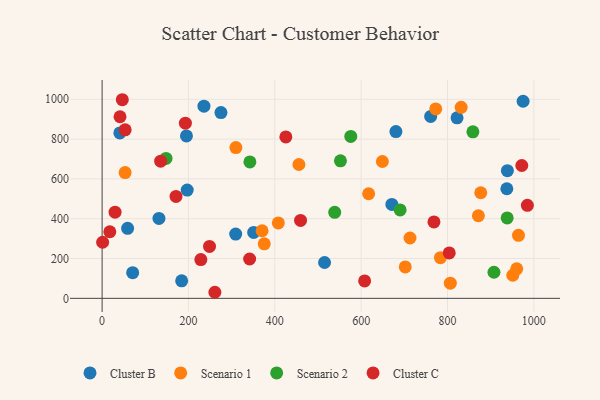
{"axis": {"x": "Distance", "y": "Demand"}, "legend": ["Cluster B", "Cluster C", "Scenario 1", "Scenario 2"], "data": [{"x": "351.1", "y": 330.9, "type": "Cluster B"}, {"x": "41.0", "y": 831.1, "type": "Cluster B"}, {"x": "235.9", "y": 965.5, "type": "Cluster B"}, {"x": "671.2", "y": 471.7, "type": "Cluster B"}, {"x": "938.8", "y": 641.3, "type": "Cluster B"}, {"x": "761.1", "y": 913.8, "type": "Cluster B"}, {"x": "309.4", "y": 322.6, "type": "Cluster B"}, {"x": "975.2", "y": 990.1, "type": "Cluster B"}, {"x": "195.4", "y": 815.7, "type": "Cluster B"}, {"x": "70.8", "y": 128.8, "type": "Cluster B"}, {"x": "680.6", "y": 838.0, "type": "Cluster B"}, {"x": "275.3", "y": 933.0, "type": "Cluster B"}, {"x": "197.1", "y": 543.9, "type": "Cluster B"}, {"x": "59.1", "y": 351.8, "type": "Cluster B"}, {"x": "184.3", "y": 87.7, "type": "Cluster B"}, {"x": "937.5", "y": 550.5, "type": "Cluster B"}, {"x": "131.7", "y": 401.5, "type": "Cluster B"}, {"x": "822.2", "y": 907.0, "type": "Cluster B"}, {"x": "515.3", "y": 180.1, "type": "Cluster B"}, {"x": "871.6", "y": 414.9, "type": "Scenario 1"}, {"x": "702.2", "y": 157.7, "type": "Scenario 1"}, {"x": "617.4", "y": 525.5, "type": "Scenario 1"}, {"x": "831.7", "y": 959.5, "type": "Scenario 1"}, {"x": "713.2", "y": 303.1, "type": "Scenario 1"}, {"x": "53.3", "y": 631.7, "type": "Scenario 1"}, {"x": "772.8", "y": 951.7, "type": "Scenario 1"}, {"x": "455.9", "y": 672.3, "type": "Scenario 1"}, {"x": "877.1", "y": 530.4, "type": "Scenario 1"}, {"x": "951.3", "y": 116.0, "type": "Scenario 1"}, {"x": "309.9", "y": 757.3, "type": "Scenario 1"}, {"x": "964.5", "y": 316.6, "type": "Scenario 1"}, {"x": "783.7", "y": 204.2, "type": "Scenario 1"}, {"x": "408.2", "y": 378.8, "type": "Scenario 1"}, {"x": "806.6", "y": 75.9, "type": "Scenario 1"}, {"x": "649.2", "y": 687.5, "type": "Scenario 1"}, {"x": "960.4", "y": 148.0, "type": "Scenario 1"}, {"x": "370.6", "y": 339.5, "type": "Scenario 1"}, {"x": "375.6", "y": 273.9, "type": "Scenario 1"}, {"x": "938.3", "y": 403.9, "type": "Scenario 2"}, {"x": "342.3", "y": 685.2, "type": "Scenario 2"}, {"x": "690.3", "y": 443.9, "type": "Scenario 2"}, {"x": "538.8", "y": 432.2, "type": "Scenario 2"}, {"x": "148.1", "y": 702.7, "type": "Scenario 2"}, {"x": "858.9", "y": 836.5, "type": "Scenario 2"}, {"x": "576.0", "y": 813.6, "type": "Scenario 2"}, {"x": "552.1", "y": 690.6, "type": "Scenario 2"}, {"x": "907.7", "y": 131.0, "type": "Scenario 2"}, {"x": "228.7", "y": 194.5, "type": "Cluster C"}, {"x": "46.8", "y": 997.8, "type": "Cluster C"}, {"x": "459.7", "y": 391.3, "type": "Cluster C"}, {"x": "768.7", "y": 384.0, "type": "Cluster C"}, {"x": "261.2", "y": 30.4, "type": "Cluster C"}, {"x": "972.2", "y": 667.3, "type": "Cluster C"}, {"x": "53.4", "y": 846.6, "type": "Cluster C"}, {"x": "425.6", "y": 810.7, "type": "Cluster C"}, {"x": "41.5", "y": 912.3, "type": "Cluster C"}, {"x": "608.1", "y": 87.4, "type": "Cluster C"}, {"x": "135.6", "y": 689.1, "type": "Cluster C"}, {"x": "30.0", "y": 432.8, "type": "Cluster C"}, {"x": "804.1", "y": 228.1, "type": "Cluster C"}, {"x": "192.9", "y": 879.9, "type": "Cluster C"}, {"x": "248.8", "y": 260.9, "type": "Cluster C"}, {"x": "17.9", "y": 334.5, "type": "Cluster C"}, {"x": "171.2", "y": 511.8, "type": "Cluster C"}, {"x": "341.7", "y": 197.5, "type": "Cluster C"}, {"x": "985.1", "y": 467.1, "type": "Cluster C"}, {"x": "1.2", "y": 281.7, "type": "Cluster C"}]}